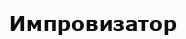
Импровизатор